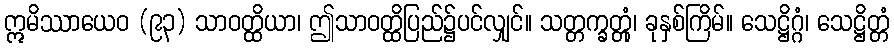
ဣမိဿာယေဝ (၉၃) သာဝတ္ထိယာ၊ ဤသာဝတ္ထိပြည်၌ပင်လျှင်။ သတ္တက္ခတ္တုံ၊ ခုနှစ်ကြိမ်။ သေဋ္ဌိဂ္ဂံ၊ သေဋ္ဌိတ္တံ